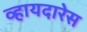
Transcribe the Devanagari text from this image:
व्हायदारेस